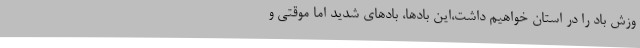
وزش باد را در استان خواهیم داشت،این بادها، بادهای شدید اما موقتی و